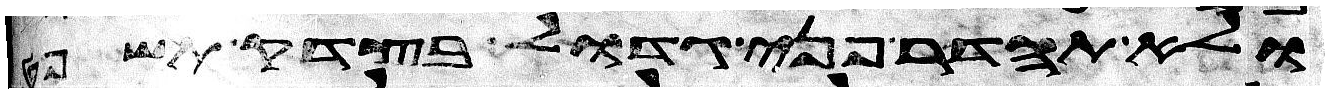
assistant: ולא תהדר פני גדול בצדק תשפט